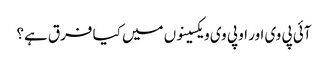
آئی پی وی اور او پی وی ویکسینوں میں کیا فرق ہے؟